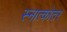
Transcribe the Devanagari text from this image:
स्नात्कोतर